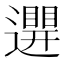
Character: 𨘊